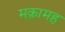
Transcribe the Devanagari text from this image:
मक़ामह